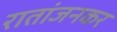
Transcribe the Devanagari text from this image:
रातांजनकर